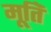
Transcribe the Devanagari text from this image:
मूतिॅ